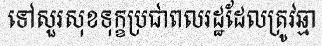
ទៅសួរសុខទុក្ខប្រជាពលរដ្ឋដែលត្រូវឆ្មា